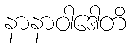
နာနာဝါဒေါတိ